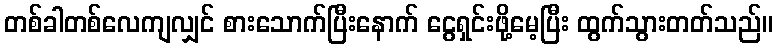
တစ်ခါတစ်လေကျလျှင် စားသောက်ပြီးနောက် ငွေရှင်းဖို့မေ့ပြီး ထွက်သွားတတ်သည်။